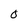
Character: 0